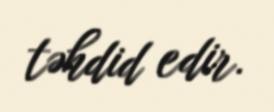
təhdid edir.